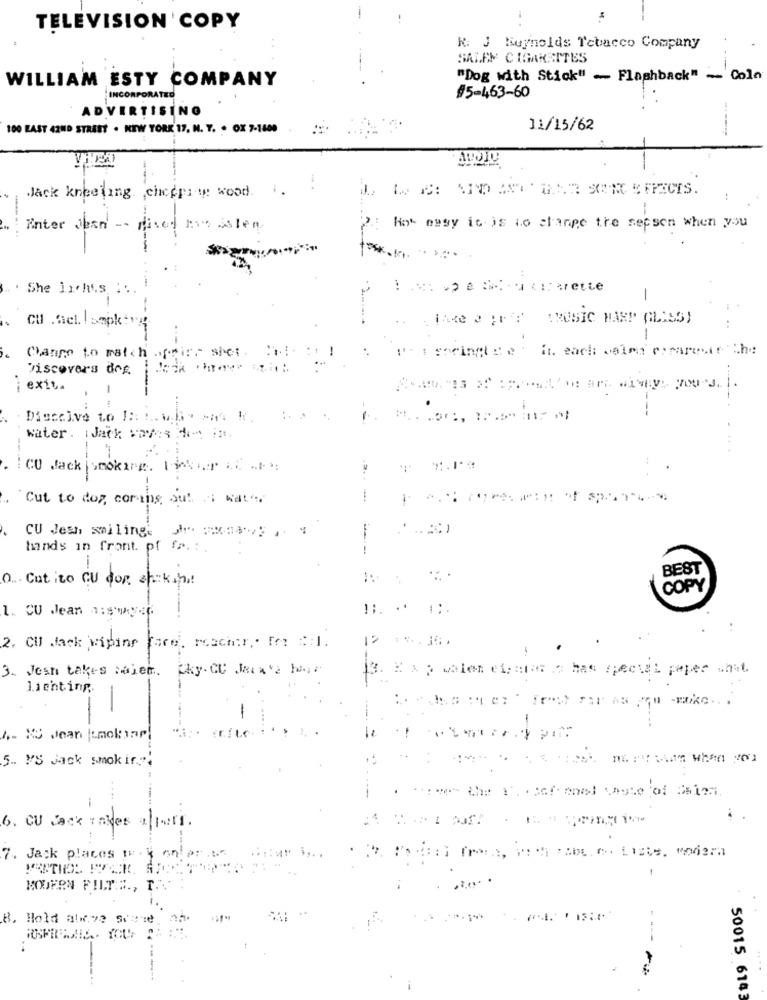
TELEVISION COPY
R: J Kuynolds Tobacco Company
SALEN CIGARGITES
WILLIAM ESTY COMPANY
"Dog with Stick" - Flashback" - Cola
INCORPORATED
#5-463-60
ADVERTISING
100 EAST 42ND STREET . NEW YORK 17, N. Y. . OX 7-1800
11/15/62
Jack kneeling. chcepip wood. i.
Enter Jban -- fixed na isten
How easy ic is to change the sepsen when you
She Jichis ...
-
CU . Gel. I sapkiv
ince 2 ;r Ff (MUSIC HARP GLASS)
"- igoringise . it. each: salon comarewie the
Cange to match aprire shot.
viscovers dos.
I detkov
i exit.
Digccive to I :: !
water. ¡ Jack covers do is
.....
:CO Jack |smoking. linkipr .. .. ..
Cut to dog coming out : water
CU Jesh smiling.
hands in front. pf fa. :.
BEST
0. Catito CU don shakin
COPY
1. CU Jean 1:50ky
-
12 **. 15.
2. CU Jack wiping fare, reacher. For Al.
3. Josh takes tien. Cky. CU Jeux's hoje
B. Zap wollen claus a has special paper what
lienting.
1 .- KJ Jean Juncharl
5 .. M'S Jack smokir.""
6. CU Jack Takes alpert.
7. Jack places way on!
MODERN FILT:# ., 1
8. Hold above se:
50015 6143